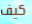
كيف